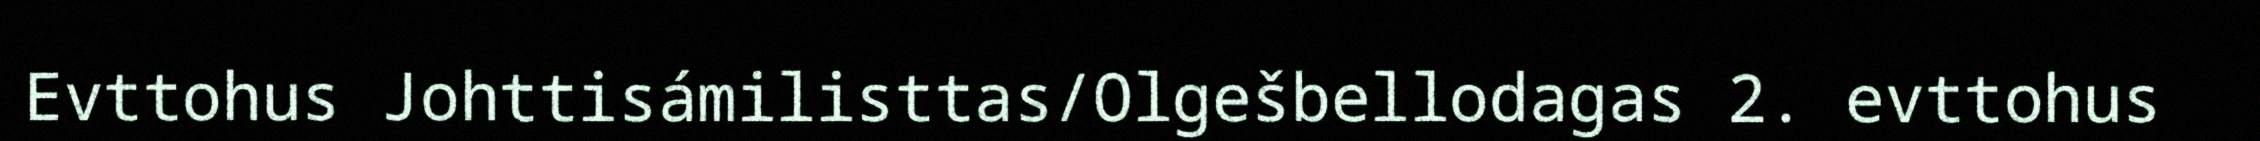
Evttohus Johttisámilisttas/Olgešbellodagas 2. evttohus